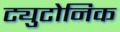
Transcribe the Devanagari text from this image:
ट्युटोनिक